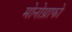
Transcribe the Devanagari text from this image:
मोनोग्राफो